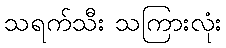
သရက်သီး သကြားလုံး